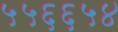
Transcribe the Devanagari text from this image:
५५६६५४